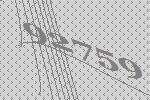
92759